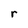
Character: r